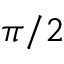
\pi / 2